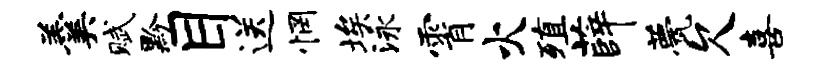
羹赋黔目送惘埃泳霄火殖薛甍欠喜